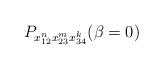
\begin{gather*}P_{x_{12}^n x_{23}^m x_{34}^k}(\beta=0)\end{gather*}